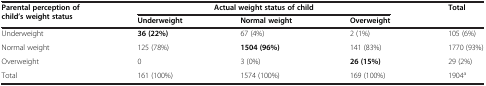
<table><thead><tr><td rowspan="2"><b>Parental perception of child’s weight status</b></td><td colspan="2"><b>Actual weight status of child</b></td><td><b> </b></td><td><b>Total</b></td></tr><tr><td><b>Underweight</b></td><td><b>Normal weight</b></td><td><b>Overweight</b></td><td><b> </b></td></tr></thead><tbody><tr><td>Underweight</td><td><b>36 </b><b>(22%)</b></td><td>67 (4%)</td><td>2 (1%)</td><td>105 (6%)</td></tr><tr><td>Normal weight</td><td>125 (78%)</td><td><b>1504 </b><b>(96%)</b></td><td>141 (83%)</td><td>1770 (93%)</td></tr><tr><td>Overweight</td><td>0</td><td>3 (0%)</td><td><b>26 </b><b>(15%)</b></td><td>29 (2%)</td></tr><tr><td>Total</td><td>161 (100%)</td><td>1574 (100%)</td><td>169 (100%)</td><td>1904<sup>a</sup></td></tr></tbody></table>